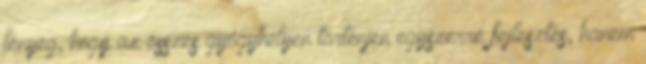
lényeg, hogy az összes gyógyhelyen történjen egyszerre fejlesztés, hanem